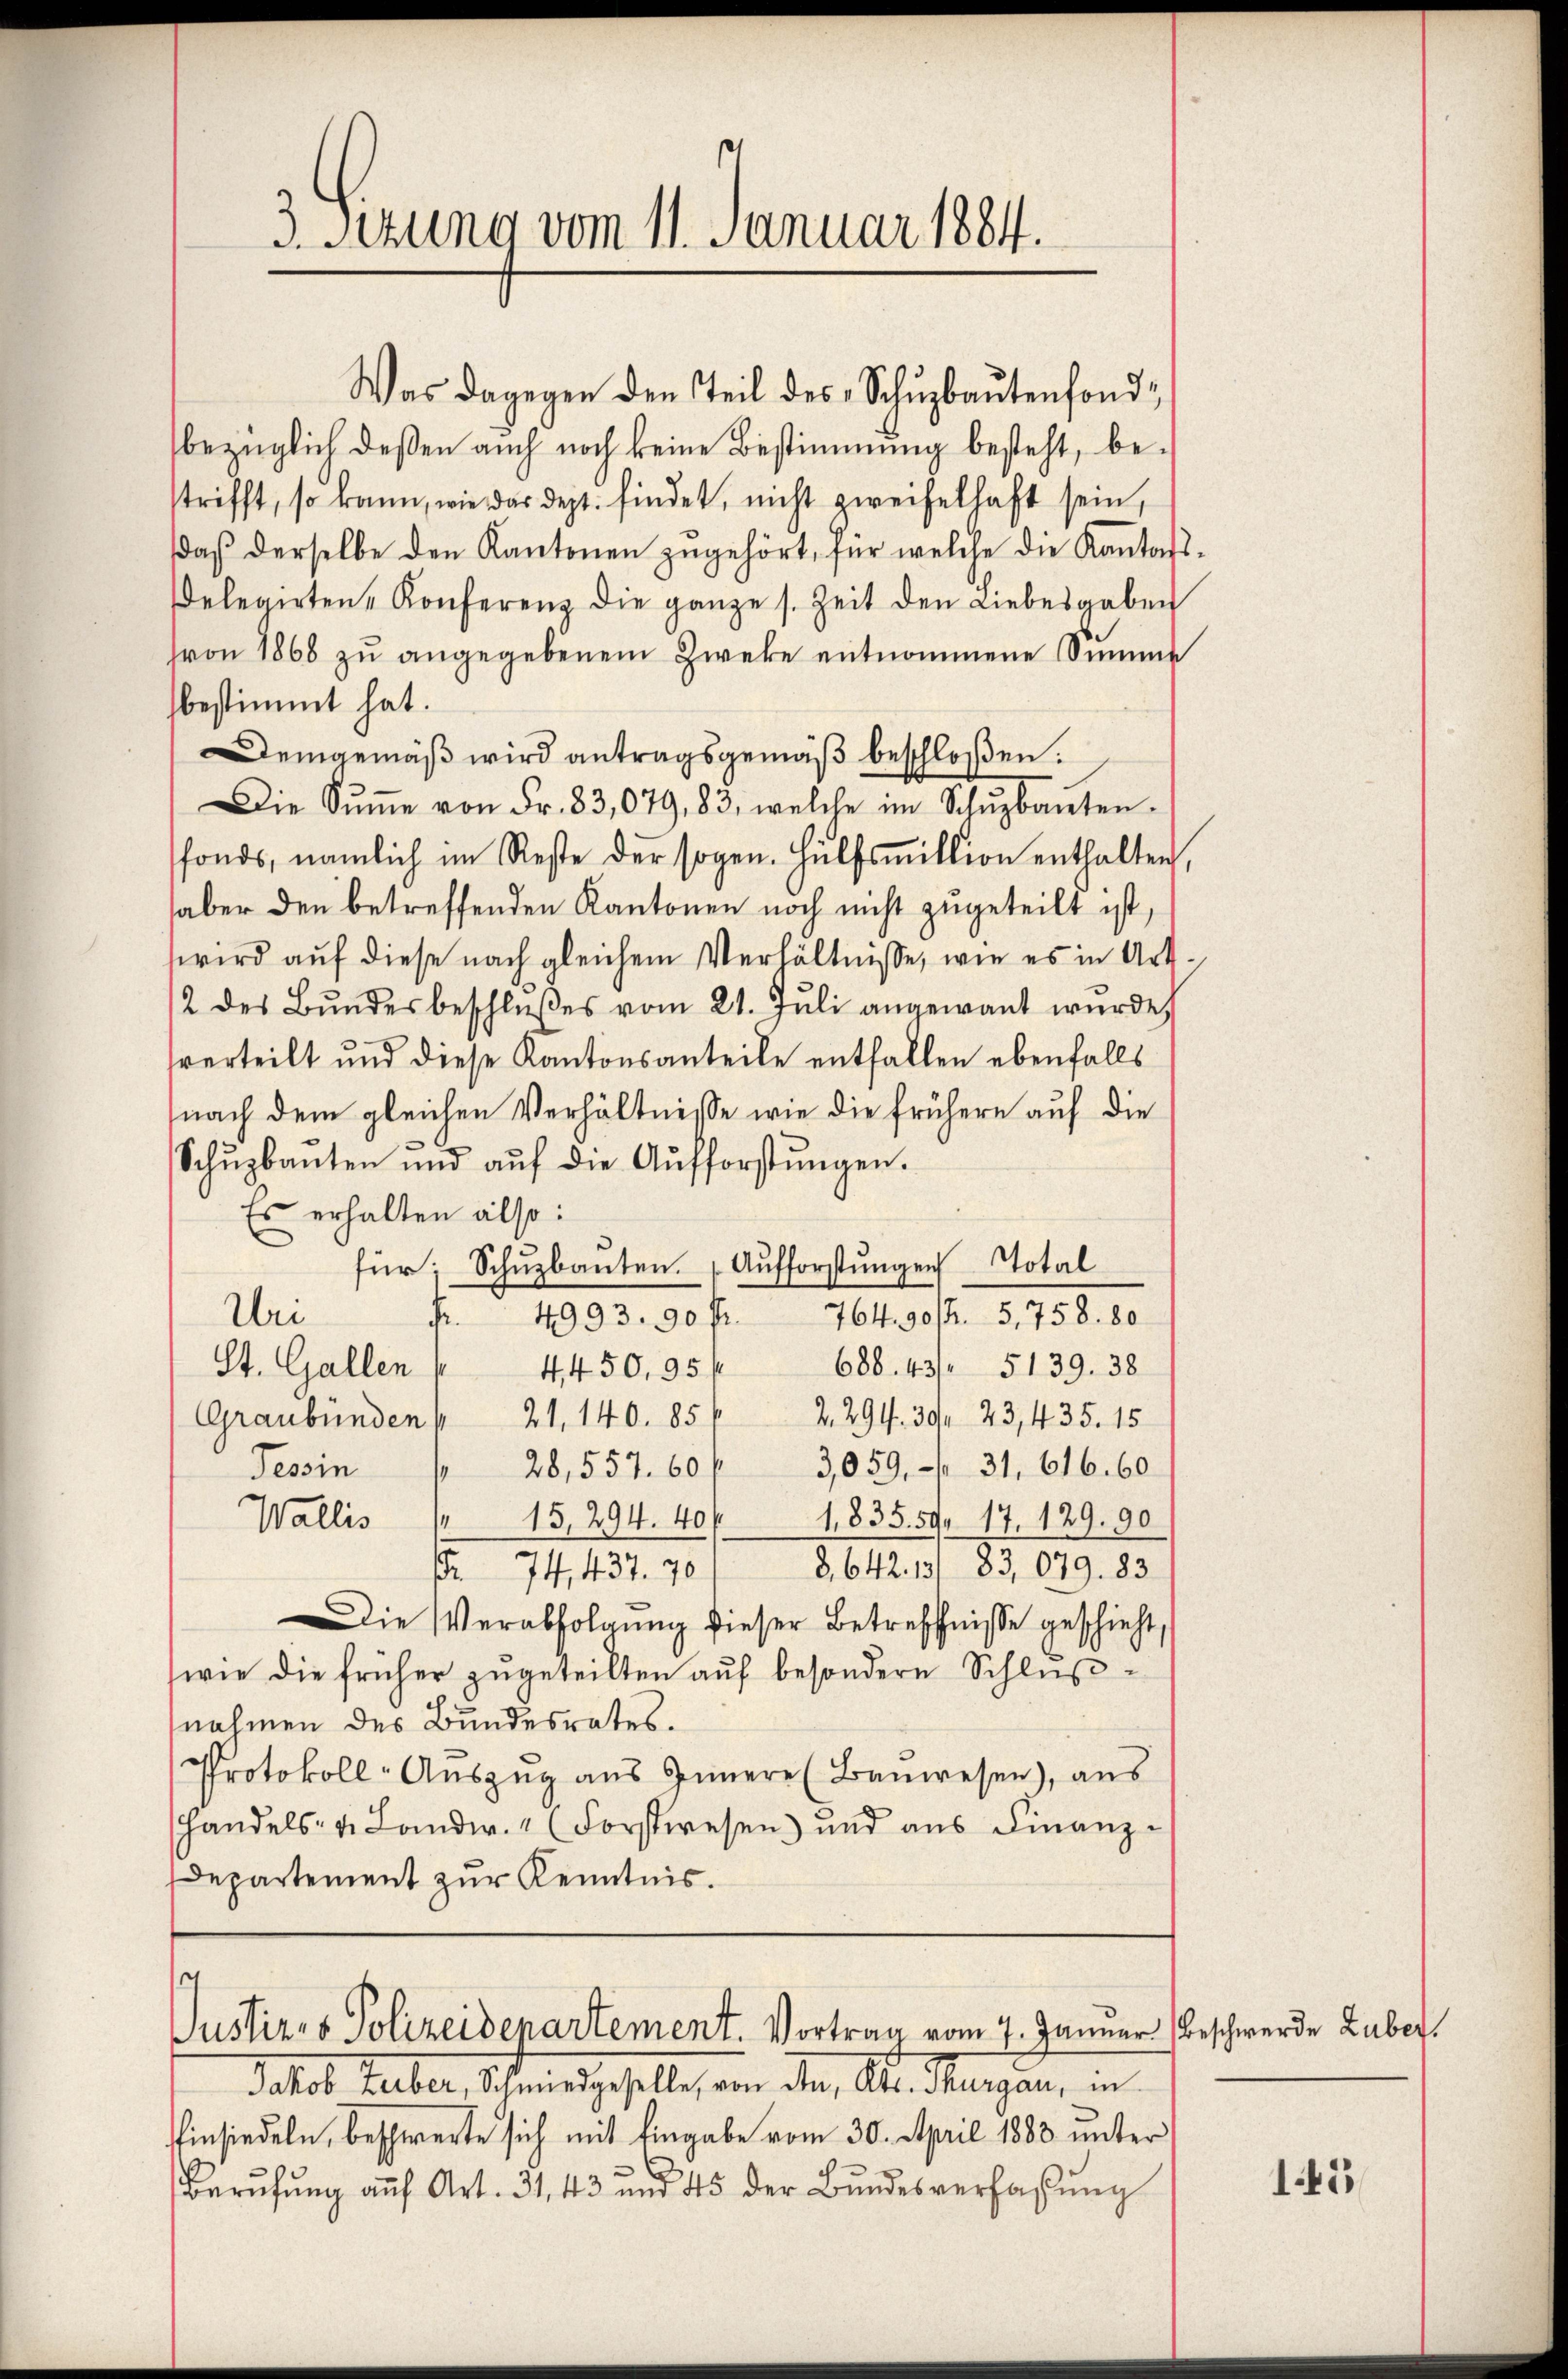
3. Setzung vom 11. Januar 1884.

Justiz- & Polizeidepartement. Vortrag vom 7. Januar Beschwerde Zuber.

Was dagegen den Teil des Schuzbautenfondbezüglich deßen auch noch keine Bestimmung besteht, bestrifft, so kann, wie das dept. findet, nicht zweifelhaft sein,
daβ derselbe den Kantonen zŭgehört, für welche die Kantons-
elegirten Konferenz die ganze s. Zeit den Liebesgaben
von 1868 zŭ angegebenem Zweke entnommene Summe
bestimmt hat.
Demgemäß wird antragsgemäß beschloßen:
Die Sŭṁe von Fr. 83,079, 83, welche im Schŭzbauten-
fonds, nämlich im Reste der sogen. Hülfsmillion enthalten,
haber den betreffenden Kantonen noch nicht zugeteilt ist,
wird auf diese nach gleichem Verhältnisse, wie es in Art.
2 des Bŭndesbeschlŭβes vom 21. Jŭli angewant wurde,
sverteilt und diese Kantonsanteile entfallen ebenfalls
nach dem gleichen Verhältnisse wie die frühere auf die
Schŭzbaŭten und aŭf die Aŭfforstŭngen.
Es erhalten also:
für; Schuzbauten. Aufforstungen Total
Uri
764. 90/2 5,758. 80
4993. 90 f.
¬
St. Gallen
4450, 95 f. 686. 43. 5139. 38
Graubünden " 21, 140. 85 Z. 294. 39, 23, 435. 15
28,557. 60 / 3,059 - 31. 616. 60
Pesin
Wallis / 15, 294. 40/1,835. 59. 17. 129. 90
§ 642. 13. 83. 679. 83.
74,437. 70
Die Verabfolgŭng dieser Betreffnisse geschieht,
(wie die früher zugeteilten auf besondere Schlußnahmen des Bundesrates.
Protokoll-Auszug aus Innere (Bauwesen), aus
handels- u. Landw. (Forstwesen) und aus Finanz-
Departement zur Kenntnis.

Jakob Huber, Scheines geselle, von den St. Margau, in
Einsiedeln, beschwerte sich mit Eingabe vom 30. April 1883 unter
Berŭfŭng auf Art. 31, 43 und 45 der Bŭndesverfassŭng

165